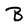
Character: B